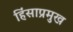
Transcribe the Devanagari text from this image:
हिंसाप्रमुख